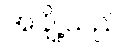
အချို့သည်